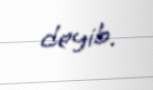
deyib.